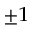
_ { \pm 1 }